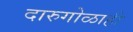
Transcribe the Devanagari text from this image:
दारुगोळाही